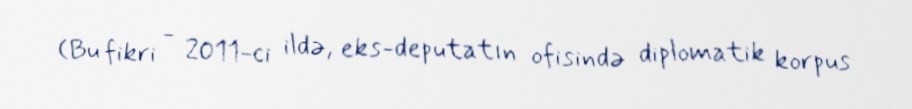
(Bu fikri - 2011-ci ildə, eks-deputatın ofisində diplomatik korpus